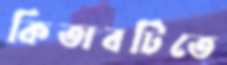
কিতাবটিতে